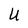
Character: U